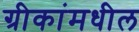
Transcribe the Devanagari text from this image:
ग्रीकांमधील